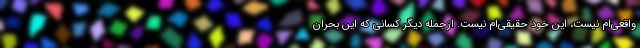
واقعی‌ام نیست، این خود حقیقی‌ام نیست. ازجمله دیگر کسانی که این بحرانِ